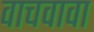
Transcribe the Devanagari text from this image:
वाचवावा